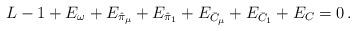
LaTeX: \begin{align*}L - 1 + E_\omega + E_{\hat{\pi}_\mu} + E_{\hat{\pi}_1} + E_{\bar{C}_\mu} + E_{\bar{C}_1} + E_C = 0 \, . \end{align*}